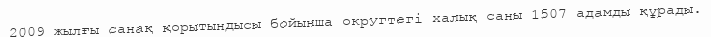
2009 жылғы санақ қорытындысы бойынша округтегі халық саны 1507 адамды құрады.